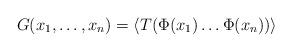
LaTeX: \begin{align*}G(x_1,\dots,x_n)=\langle T(\Phi(x_1)\dots\Phi(x_n))\rangle\end{align*}